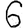
Digit: 6